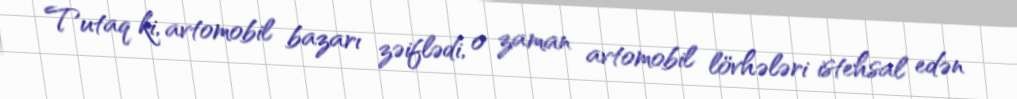
Tutaq ki, avtomobil bazarı zəiflədi, o zaman avtomobil lövhələri istehsal edən